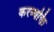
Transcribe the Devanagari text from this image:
करव्यक्ति